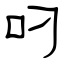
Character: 叼